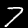
Label: 7